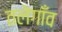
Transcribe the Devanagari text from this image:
तलेगाँव